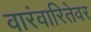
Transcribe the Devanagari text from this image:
वारंवारितेवर